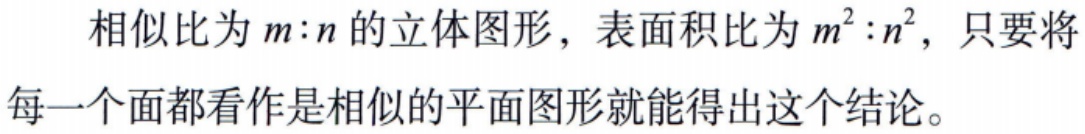
相似比为\(m:n\)的立体图形，表面积比为\(m^{2}:n^{2}\)，只要将每一个面都看作是相似的平面图形就能得出这个结论。